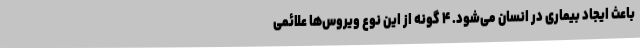
باعث ایجاد بیماری در انسان می‌شود. ۴ گونه از این نوع ویروس‌ها علائمی